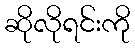
ဆိုလိုရင်းကို